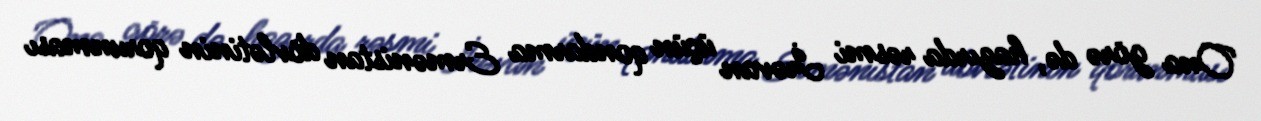
Ona görə də, hazırda rəsmi İrəvan üçün qondarma Ermənistan dövlətinin qorunması